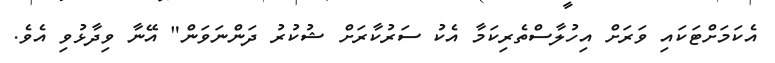
އެކަމަށްޓަކައި ވަރަށް އިހުލާސްތެރިކަމާ އެކު ސަރުކާރަށް ޝުކުރު ދަންނަވަން" އޭނާ ވިދާޅުވި އެވެ.